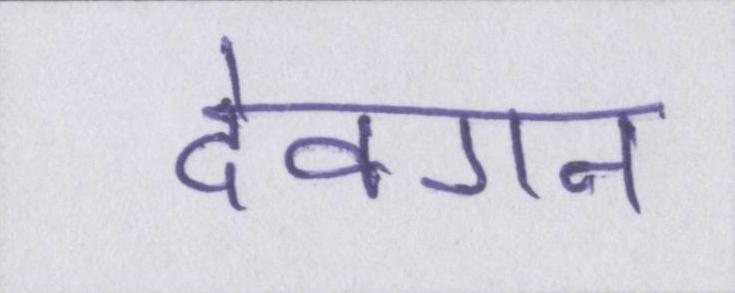
देवगन